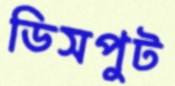
ডিসপুট